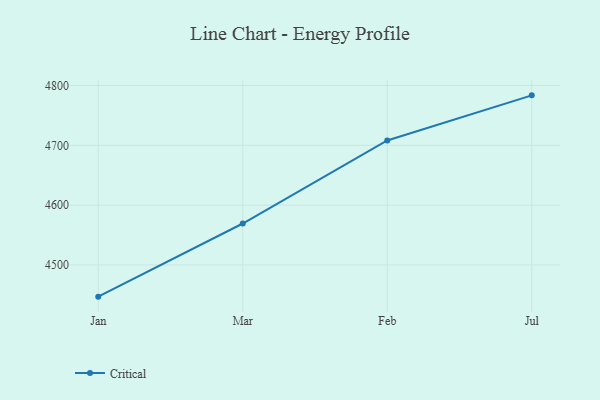
{"axis": {"x": "Month", "y": "Shipments"}, "legend": ["Critical"], "data": [{"x": "Jan", "y": 4447.0, "type": "Critical"}, {"x": "Mar", "y": 4569.3, "type": "Critical"}, {"x": "Feb", "y": 4708.1, "type": "Critical"}, {"x": "Jul", "y": 4783.6, "type": "Critical"}]}